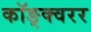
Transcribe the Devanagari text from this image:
कॉङ्क्वरर